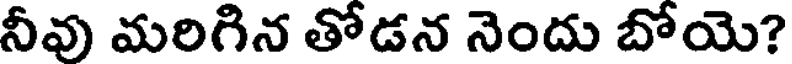
నీవు మరిగిన తోడన నెందు బోయె?